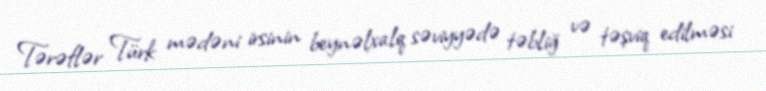
Tərəflər Türk mədəni irsinin beynəlxalq səviyyədə təbliğ və təşviq edilməsi